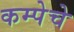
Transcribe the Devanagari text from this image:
कम्पेचे